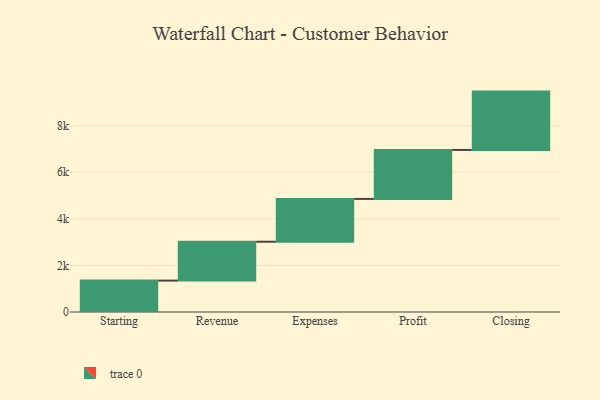
{"axis": {"x": "Step", "y": "Value"}, "legend": [""], "data": [{"x": "Starting", "y": 1347.0, "type": ""}, {"x": "Revenue", "y": 1670.0, "type": ""}, {"x": "Expenses", "y": 1838.0, "type": ""}, {"x": "Profit", "y": 2102.0, "type": ""}, {"x": "Closing", "y": 2505.0, "type": ""}]}